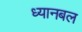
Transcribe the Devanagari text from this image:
ध्यानबल